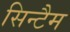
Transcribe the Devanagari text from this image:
सिन्टैम